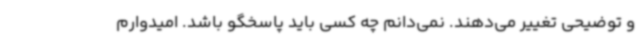
و توضیحی تغییر می‌دهند. نمی‌دانم چه کسی باید پاسخگو باشد. امیدوارم